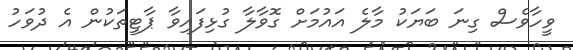
ވީހާވެސް ގިނަ ބަޔަކު މާލެ އައުމަށް ގޮވާލާ ގުޅިފައިވާ ޕާޓީތަކުން އެ ދުވަހު